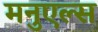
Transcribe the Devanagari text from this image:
मनुएल्स